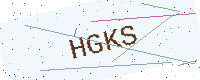
Text: HGKS